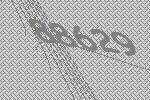
88629